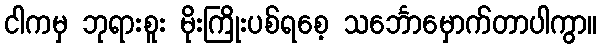
ငါကမှ ဘုရားစူး မိုးကြိုးပစ်ရစေ့ သင်္ဘောမှောက်တာပါကွာ။